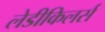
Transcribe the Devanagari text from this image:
लेडीकिलर्स